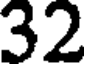
32